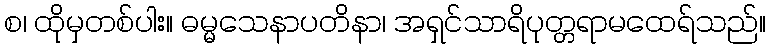
စ၊ ထိုမှတစ်ပါး။ ဓမ္မသေနာပတိနာ၊ အရှင်သာရိပုတ္တရာမထေရ်သည်။